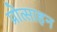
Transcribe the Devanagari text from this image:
प्रोत्साहन